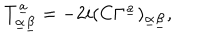
T _ { \underline { { \alpha } } \underline { { \beta } } } ^ { \underline { { a } } } = - 2 i ( C \Gamma ^ { \underline { { a } } } ) _ { \underline { { \alpha } } \underline { { \beta } } } ,